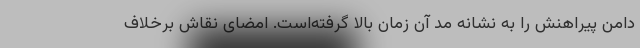
دامن پیراهنش را به نشانهٔ مد آن زمان بالا گرفته‌است. امضای نقاش برخلاف